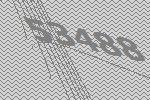
53488